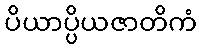
ပိယာပ္ပိယဇာတိကံ